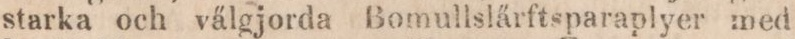
starka och välgjorda Bomullslärftsparaplyer med